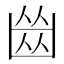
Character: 𠚕